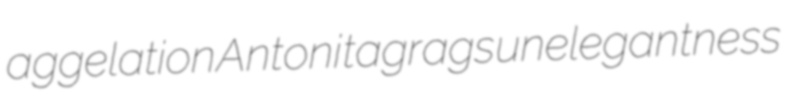
aggelation Antoni tagrags unelegantness